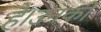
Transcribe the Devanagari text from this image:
है।उनकीं